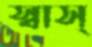
স্বাস্